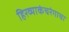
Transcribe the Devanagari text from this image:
हिरव्याकंचरंगाचा